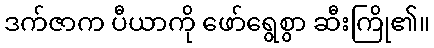
ဒက်ဇာက ပီယာကို ဖော်ရွေစွာ ဆီးကြို၏။